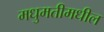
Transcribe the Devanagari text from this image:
मधुमतीमधील